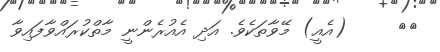
٤٢     (އެއީ) މޭވާތަކެވެ. އަދި އެއުރެންނީ މާތްކުރައްވާފައިވާ